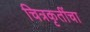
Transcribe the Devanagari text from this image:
चित्रकृतींचा